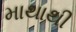
માથાથી